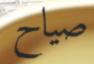
صياح